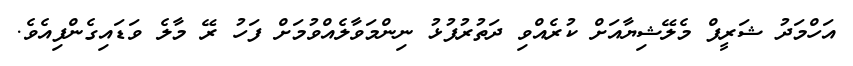
އަހްމަދު ޝަރީފް މެލޭޝިޔާއަށް ކުރެއްވި ދަތުރުފުޅު ނިންމަވާލެއްވުމަށް ފަހު ރޭ މާލެ ވަޑައިގެންފިއެވެ.